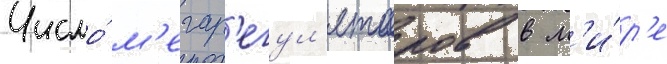
Число́ м'егар'егул'яторов в м'и́р'е